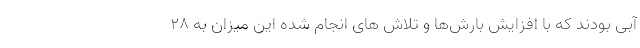
آبی بودند که با افزایش بارش‌ها و تلاش های انجام شده این میزان به ۲۸